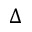
\Delta